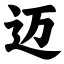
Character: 迈